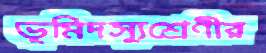
ভূমিদস্যুশ্রেণীর